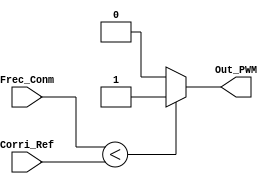
`timescale 1ns / 1ps
//////////////////////////////////////////////////////////////////////////////////
// Company: 
// Engineer: 
// 
// Design Name: 
// Module Name:    Comparador 
// Project Name: 
// Target Devices: 
// Tool versions: 
// Description: 
//
// Dependencies: 
//
// Revision: 
// Revision 0.01 - File Created
// Additional Comments: 
//
//////////////////////////////////////////////////////////////////////////////////
module Comparador( //comparador para obtener la salida de seal de PWM
    input [9:0] Frec_Conm, //frecuencia de conmutacin 
    input [9:0] Corri_Ref, //corriente referencia, modula el ciclo de trabajo
    output Out_PWM //salida de pulso con ancho modulado
    );
	 
	 assign Out_PWM= (Frec_Conm < Corri_Ref) ? 1'b1 : 1'b0; // asigna un 1 a la salida si la frecuencia de conmutacin
	                                                        // es menor a la referencia, en caso contrario asigna 0,de forma
																		//que se logra modelar el ciclo de trabajo estableciendo la referencia
	 


endmodule // finaliza el mdulo